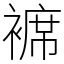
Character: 褯